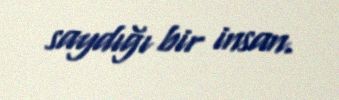
saydığı bir insan.